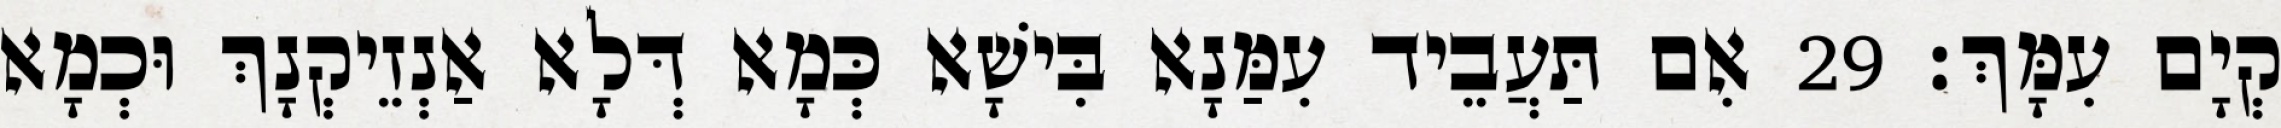
קְיָם עִמָּךְ׃ 29 אִם תַּעֲבֵיד עִמַּנָא בִּישָׁא כְּמָא דְּלָא אַנְזֵיקְנָךְ וּכְמָא